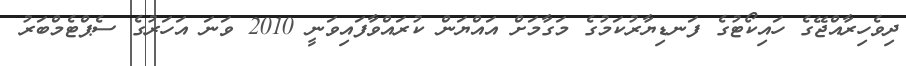
ދިވެހިރާއްޖޭގެ ހައިކޯޓުގެ ފަނޑިޔާރުކަމުގެ މަގާމަށް އައްޔަން ކުރައްވާފައިވަނީ 2010 ވަނަ އަހަރުގެ ސެޕްޓެމްބަރު